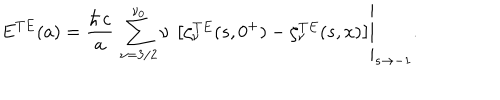
\displaystyle { E ^ { T E } ( a ) = \left. \frac { \hbar \, c } { a } \, \sum _ { \nu = 3 / 2 } ^ { \nu _ { 0 } } \nu \, \left[ \zeta _ { \nu } ^ { T E } ( s , 0 ^ { + } ) - \zeta _ { \nu } ^ { T E } ( s , x ) \right] \right| _ { s \rightarrow - 1 } } .